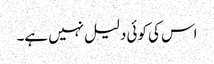
اس کی کوئی دلیل نہیں ہے۔